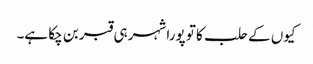
کیوں کے حلب کا تو پورا شہر ہی قبر بن چکا ہے۔